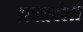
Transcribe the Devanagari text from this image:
प्रवाहांशी